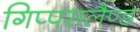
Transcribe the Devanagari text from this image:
गिप्पसलैण्ड